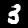
Digit: 3